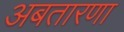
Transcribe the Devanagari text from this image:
अबतारणा